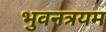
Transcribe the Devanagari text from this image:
भुवनत्रयम